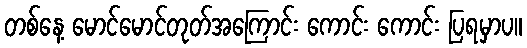
တစ်နေ့ မောင်မောင်တုတ်အကြောင်း ကောင်း ကောင်း ပြရမှာပ။